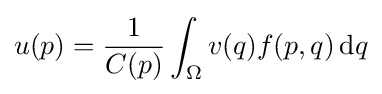
u(p)={1 \over C(p)}\int _{\Omega }v(q)f(p,q)\,\mathrm {d} q